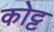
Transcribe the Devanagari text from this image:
कोट्ट